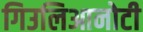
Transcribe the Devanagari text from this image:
गिउलिआनोटी